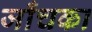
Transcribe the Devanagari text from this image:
जाँचका